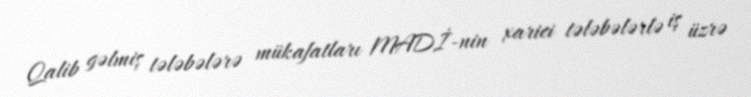
Qalib gəlmiş tələbələrə mükafatları MADİ-nin xarici tələbələrlə iş üzrə